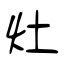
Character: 灶